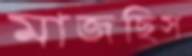
মাজছিস